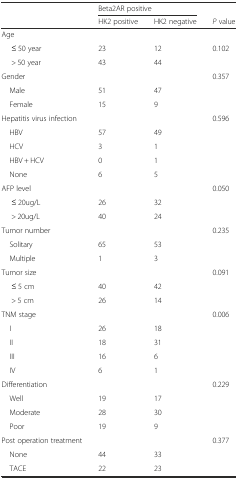
<table><thead><tr><td></td><td colspan="2"><b>Beta2AR positive</b></td><td></td></tr><tr><td></td><td><b>HK2 positive</b></td><td><b>HK2 negative</b></td><td><b><i>P</i> value</b></td></tr></thead><tbody><tr><td>Age</td><td></td><td></td><td></td></tr><tr><td>≤ 50 year</td><td>23</td><td>12</td><td>0.102</td></tr><tr><td>&gt; 50 year</td><td>43</td><td>44</td><td></td></tr><tr><td>Gender</td><td></td><td></td><td>0.357</td></tr><tr><td> Male</td><td>51</td><td>47</td><td></td></tr><tr><td> Female</td><td>15</td><td>9</td><td></td></tr><tr><td>Hepatitis virus infection</td><td></td><td></td><td>0.596</td></tr><tr><td> HBV</td><td>57</td><td>49</td><td></td></tr><tr><td> HCV</td><td>3</td><td>1</td><td></td></tr><tr><td> HBV + HCV</td><td>0</td><td>1</td><td></td></tr><tr><td> None</td><td>6</td><td>5</td><td></td></tr><tr><td>AFP level</td><td></td><td></td><td>0.050</td></tr><tr><td>≤ 20ug/L</td><td>26</td><td>32</td><td></td></tr><tr><td>&gt; 20ug/L</td><td>40</td><td>24</td><td></td></tr><tr><td>Tumor number</td><td></td><td></td><td>0.235</td></tr><tr><td> Solitary</td><td>65</td><td>53</td><td></td></tr><tr><td> Multiple</td><td>1</td><td>3</td><td></td></tr><tr><td>Tumor size</td><td></td><td></td><td>0.091</td></tr><tr><td>≤ 5 cm</td><td>40</td><td>42</td><td></td></tr><tr><td>&gt; 5 cm</td><td>26</td><td>14</td><td></td></tr><tr><td>TNM stage</td><td></td><td></td><td>0.006</td></tr><tr><td> I</td><td>26</td><td>18</td><td></td></tr><tr><td> II</td><td>18</td><td>31</td><td></td></tr><tr><td> III</td><td>16</td><td>6</td><td></td></tr><tr><td> IV</td><td>6</td><td>1</td><td></td></tr><tr><td>Differentiation</td><td></td><td></td><td>0.229</td></tr><tr><td> Well</td><td>19</td><td>17</td><td></td></tr><tr><td> Moderate</td><td>28</td><td>30</td><td></td></tr><tr><td> Poor</td><td>19</td><td>9</td><td></td></tr><tr><td>Post operation treatment</td><td></td><td></td><td>0.377</td></tr><tr><td> None</td><td>44</td><td>33</td><td></td></tr><tr><td> TACE</td><td>22</td><td>23</td><td></td></tr></tbody></table>